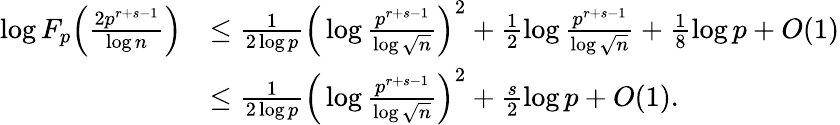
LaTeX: \begin{array}{rl}{\log{F_{p}\Big(\frac{2p^{r+s-1}}{\log{n}}\Big)}}&{\leq\frac{1}{2\log{p}}\Big(\log\frac{p^{r+s-1}}{\log{\sqrt{n}}}\Big)^{2}+\frac{1}{2}\log\frac{p^{r+s-1}}{\log{\sqrt{n}}}+\frac{1}{8}\log{p}+O(1)}\\ &{\leq\frac{1}{2\log{p}}\Big(\log\frac{p^{r+s-1}}{\log{\sqrt{n}}}\Big)^{2}+\frac{s}{2}\log{p}+O(1).}\end{array}